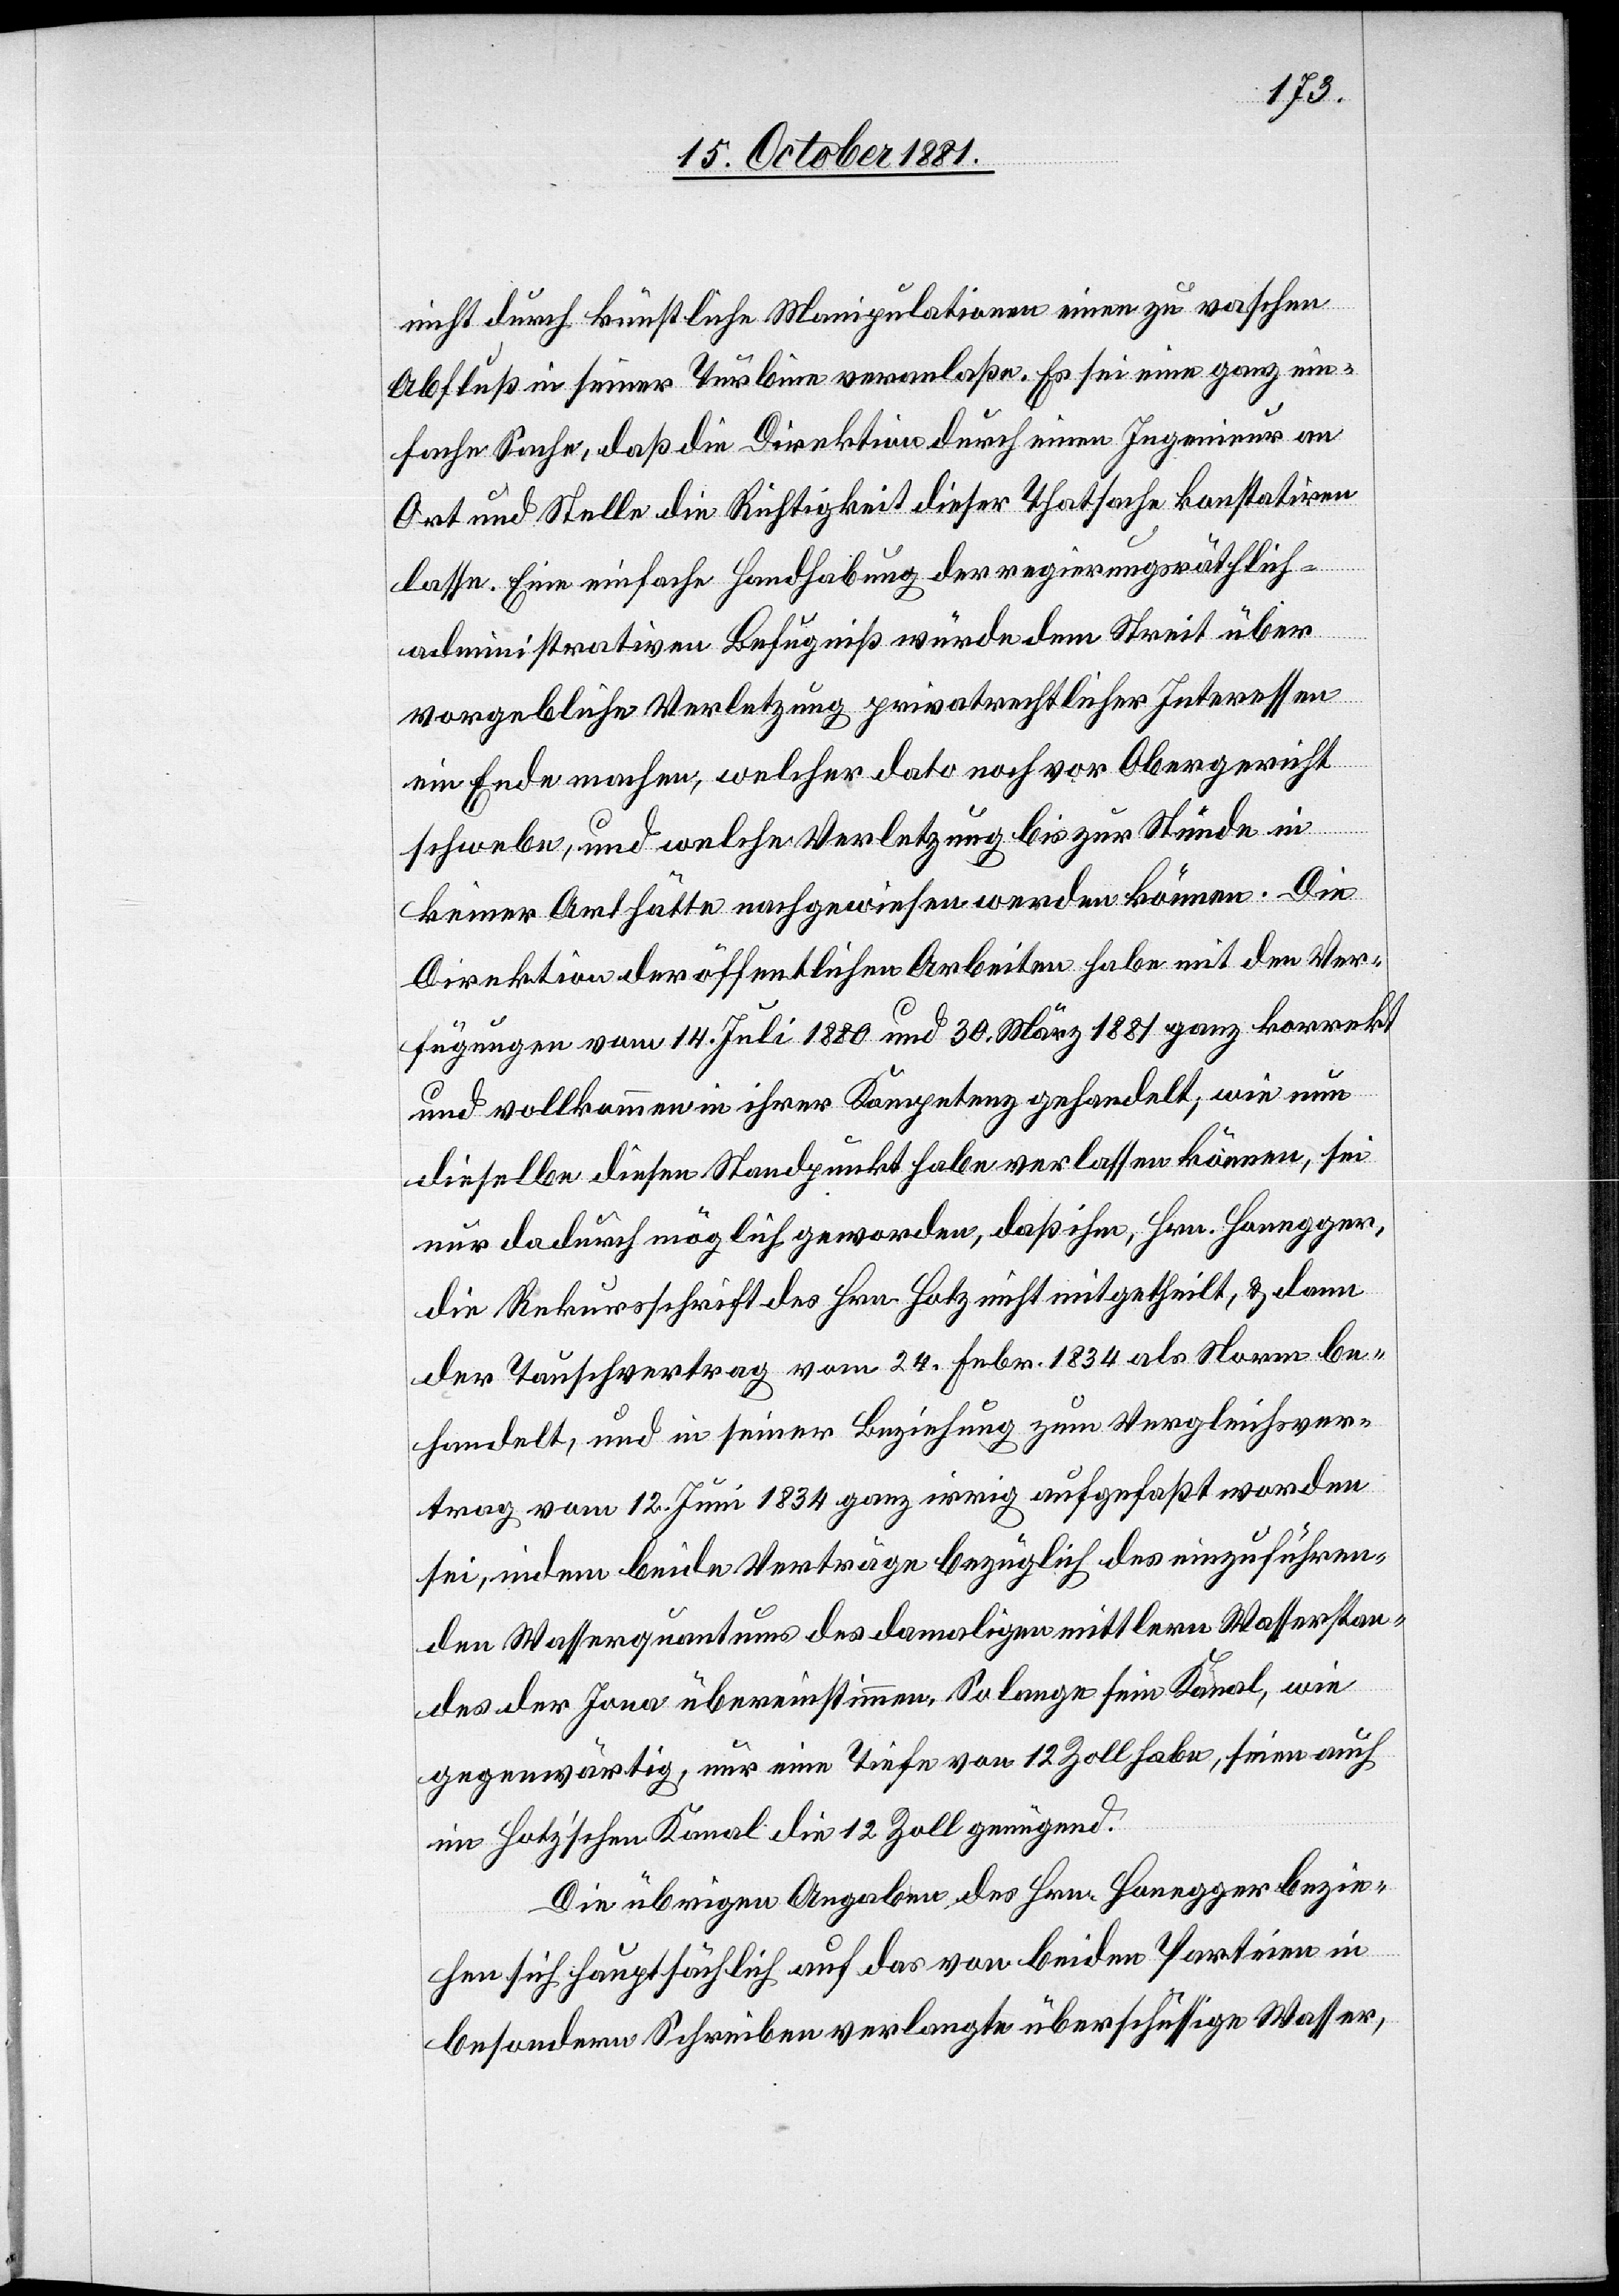
nicht durch künstliche Manipulationen einen zu raschen
Abfluß in seiner Turbine veranlaße. Es sei eine ganz ein¬
fache Sache, daß die Direktion durch einen Ingenieur an
Ort und Stelle die Richtigkeit dieser Thatsache konstatiren
lasse. Eine einfache Handhabung der regierungsräthlich-a¬
dministrativen Befugniß würde dem Streit über
vorgebliche Verletzung privatrechtlicher Interessen
ein Ende machen, welcher dato noch vor Obergericht
schwebe, und welche Verletzung bis zur Stunde in
keiner Art hätte nachgewiesen werden können. Die
Direktion der öffentlichen Arbeiten habe mit den Ver¬
fügungen vom 14. Juli 1880 und 30. März 1881 ganz korrekt
und vollkommen in ihrer Kompetenz gehandelt, wie nun
dieselbe diesen Standpunkt habe verlassen können, sei
nur dadurch möglich geworden, daß ihm, Hrn. Honegger,
die Rekursschrift des Hrn. Hotz nicht mitgetheilt, & dann
der Tauschvertrag vom 24. Febr. 1834 als Norm be¬
handelt, und in seiner Beziehung zum Vergleichsvers¬
trag vom 12. Juni 1834 ganz irrig aufgefaßt worden
sei, indem beide Verträge bezüglich des einzuführen¬
den Wasserquantums des damaligen mittleren Wasserstan¬
des der Jona übereinstimmen. Solange sein Kanal, wie
gegenwärtig, nur eine Tiefe von 12 Zoll habe, seien auch
im Hotz’schen Kanal die 12 Zoll genügend.
Die übrigen Angaben des Hrn. Honegger bezie¬
hen sich hauptsächlich auf das von beiden Parteien in
besondern Schreiben verlangte überschüssige Wasser,